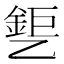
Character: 𰁎